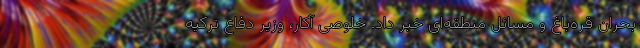
بحران قره‌باغ و مسائل منطقه‌ای خبر داد. خلوصی آکار، وزیر دفاع ترکیه